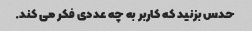
حدس بزنید که کاربر به چه عددی فکر می کند.